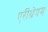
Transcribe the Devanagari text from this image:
एरीथ्रेयम